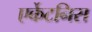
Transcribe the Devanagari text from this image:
एर्केटनिस